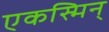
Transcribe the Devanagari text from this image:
एकस्मिन्